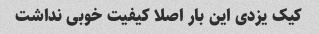
کیک یزدی این بار اصلا کیفیت خوبی نداشت